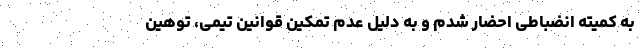
به کمیته انضباطی احضار شدم و به دلیل عدم تمکین قوانین تیمی، توهین